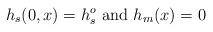
LaTeX: \begin{align*} h_s (0,x) = h_s^o \mbox{ and } h_m (x) = 0\end{align*}